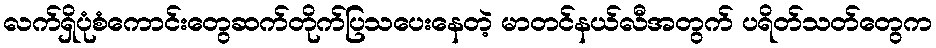
လက်ရှိပုံစံကောင်းတွေဆက်တိုက်ပြသပေးနေတဲ့ မာတင်နယ်လီအတွက် ပရိတ်သတ်တွေက